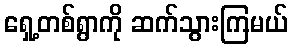
ရှေ့တစ်ရွာကို ဆက်သွားကြမယ်